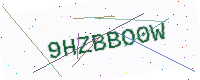
Text: 9HZBBO0W